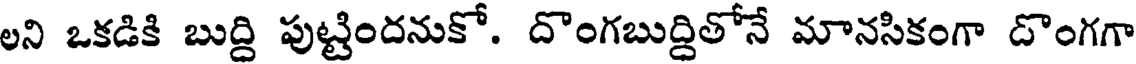
లని ఒకడికి బుద్ది పుట్టిందనుకో. దొంగబుద్దితోనే మానసికంగా దొంగగా